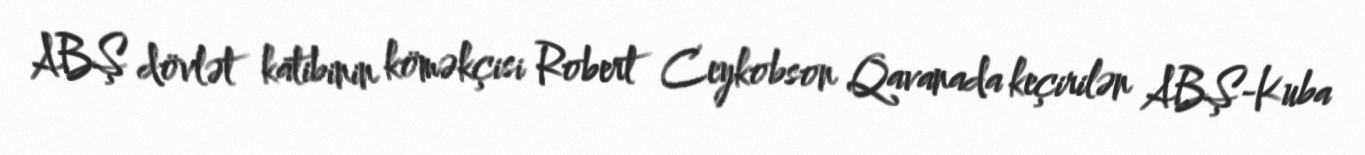
ABŞ dövlət katibinin köməkçisi Robert Ceykobson Qavanada keçirilən ABŞ-Kuba